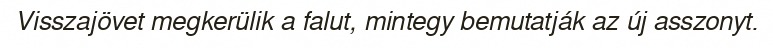
Visszajövet megkerülik a falut, mintegy bemutatják az új asszonyt.